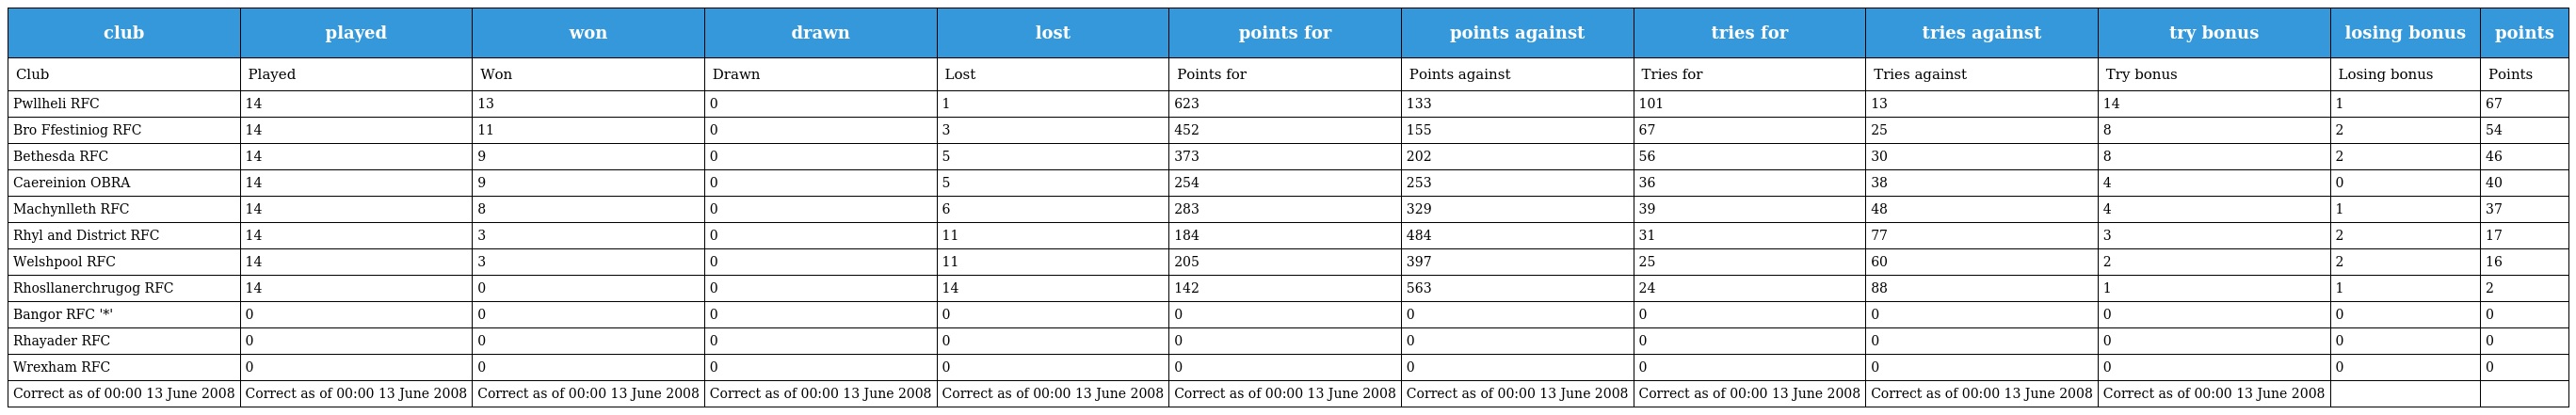
| club | played | won | drawn | lost | points for | points against | tries for | tries against | try bonus | losing bonus | points |
 | --- | --- | --- | --- | --- | --- | --- | --- | --- | --- | --- | --- |
 | Club | Played | Won | Drawn | Lost | Points for | Points against | Tries for | Tries against | Try bonus | Losing bonus | Points |
 | Pwllheli RFC | 14 | 13 | 0 | 1 | 623 | 133 | 101 | 13 | 14 | 1 | 67 |
 | Bro Ffestiniog RFC | 14 | 11 | 0 | 3 | 452 | 155 | 67 | 25 | 8 | 2 | 54 |
 | Bethesda RFC | 14 | 9 | 0 | 5 | 373 | 202 | 56 | 30 | 8 | 2 | 46 |
 | Caereinion OBRA | 14 | 9 | 0 | 5 | 254 | 253 | 36 | 38 | 4 | 0 | 40 |
 | Machynlleth RFC | 14 | 8 | 0 | 6 | 283 | 329 | 39 | 48 | 4 | 1 | 37 |
 | Rhyl and District RFC | 14 | 3 | 0 | 11 | 184 | 484 | 31 | 77 | 3 | 2 | 17 |
 | Welshpool RFC | 14 | 3 | 0 | 11 | 205 | 397 | 25 | 60 | 2 | 2 | 16 |
 | Rhosllanerchrugog RFC | 14 | 0 | 0 | 14 | 142 | 563 | 24 | 88 | 1 | 1 | 2 |
 | Bangor RFC '*' | 0 | 0 | 0 | 0 | 0 | 0 | 0 | 0 | 0 | 0 | 0 |
 | Rhayader RFC | 0 | 0 | 0 | 0 | 0 | 0 | 0 | 0 | 0 | 0 | 0 |
 | Wrexham RFC | 0 | 0 | 0 | 0 | 0 | 0 | 0 | 0 | 0 | 0 | 0 |
 | Correct as of 00:00 13 June 2008 | Correct as of 00:00 13 June 2008 | Correct as of 00:00 13 June 2008 | Correct as of 00:00 13 June 2008 | Correct as of 00:00 13 June 2008 | Correct as of 00:00 13 June 2008 | Correct as of 00:00 13 June 2008 | Correct as of 00:00 13 June 2008 | Correct as of 00:00 13 June 2008 | Correct as of 00:00 13 June 2008 |  |  |